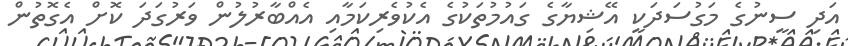
އަދި ސީނުގެ މަގުސަދަކީ އޭޝިޔާގެ ގައުމުތަކުގެ އެކުވެރިކަމާއި އެއްބާރުލުން ވަރުގަދަ ކޮށް އެގޮތުން